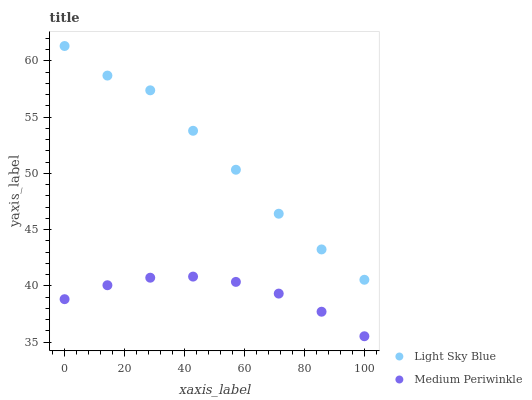
| xaxis_label | Light Sky Blue | Medium Periwinkle |
 | --- | --- | --- |
 | 0 | 61.3 | 38.8 |
 | 14.3 | 58.7 | 40.1 |
 | 28.6 | 57.4 | 40.7 |
 | 42.9 | 53.8 | 40.8 |
 | 57.1 | 50.3 | 40.4 |
 | 71.4 | 46.4 | 39.3 |
 | 85.7 | 43.2 | 37.7 |
 | 100 | 40.6 | 35.5 |